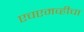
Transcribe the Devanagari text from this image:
एचएमव्हीचा